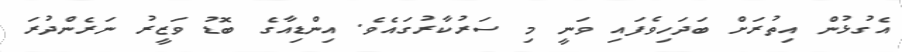
އެގުޅުން އިތުރަށް ބަދަހިވެފައި ވަނީ މި ސަރުކާރުގައެވެ. އިންޑިއާގެ ބޮޑު ވަޒީރު ނަރެންދުރަ